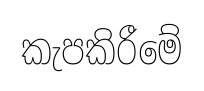
කැපකිරීමේ